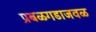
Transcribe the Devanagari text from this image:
प्रबळगडाजवळ